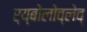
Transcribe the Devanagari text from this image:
र्य्बोलोव्लेव्